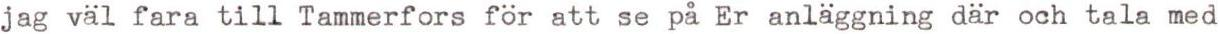
jag väl fara till Tammerfors för att se på Er anläggning där och tala med